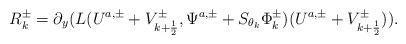
LaTeX: \begin{align*}R^\pm_k=\partial_y(L(U^{a,\pm}+V^{\pm}_{k+\frac 12},\Psi^{a,\pm}+S_{\theta_k}\Phi^{\pm}_{k})(U^{a,\pm}+V^{\pm}_{k+\frac 12})).\end{align*}